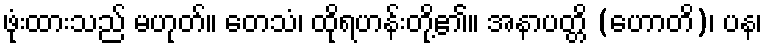
ဖုံးထားသည် မဟုတ်။ တေသံ၊ ထိုရဟန်းတို့၏။ အနာပတ္တိ (ဟောတိ)၊ ပန၊